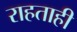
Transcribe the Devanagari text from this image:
राहताही